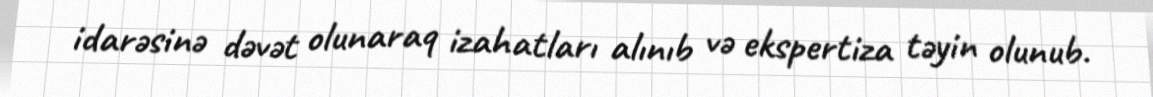
idarəsinə dəvət olunaraq izahatları alınıb və ekspertiza təyin olunub.